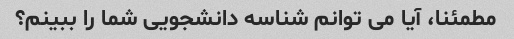
مطمئنا، آیا می توانم شناسه دانشجویی شما را ببینم؟